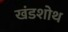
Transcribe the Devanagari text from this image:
खंडशोथ